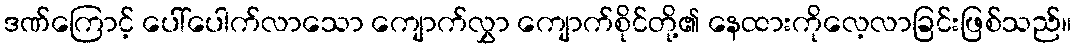
ဒဏ်ကြောင့် ပေါ်ပေါက်လာသော ကျောက်လွှာ ကျောက်စိုင်တို့၏ နေထားကိုလေ့လာခြင်းဖြစ်သည်။